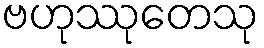
ဗဟုဿုတေသု